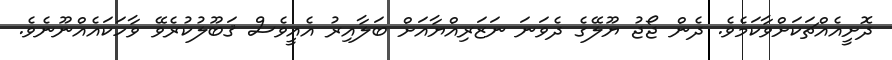
ދޮށީއެއްޗަކަށްވާކަމެވެ. ދެން ޖޯޖު ޔޫލޭގެ ދެވަނަ ނަޒަރިއްޔާއަށް ބަލާއިރު އެއީވެސް ޤަބޫލުކުރެވޭ ވާހަކައެއްނޫނެވެ.